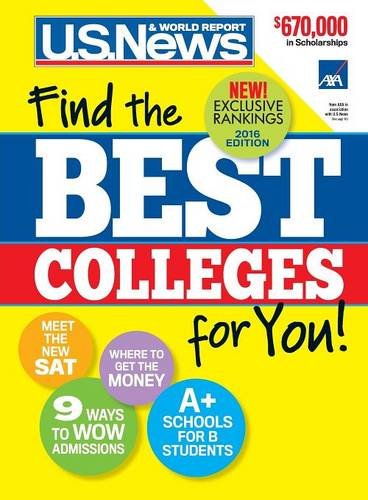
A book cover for Best Colleges 2016; U.S. News and World Report; Education & Teaching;